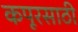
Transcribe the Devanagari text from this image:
कपूरसाठी